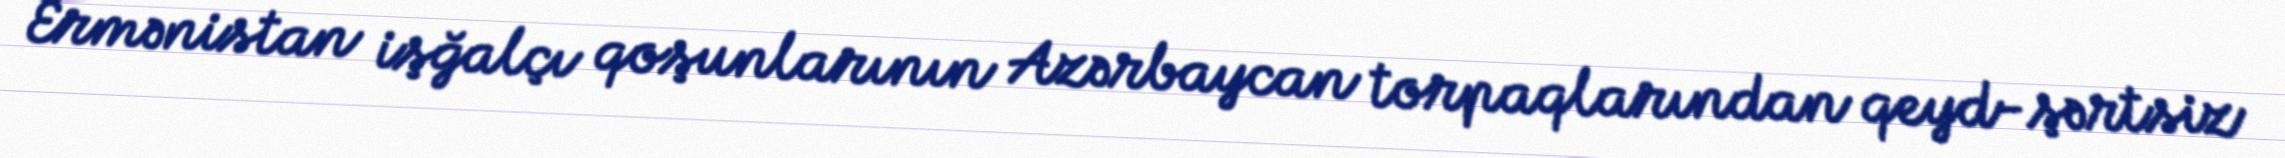
Ermənistan işğalçı qoşunlarının Azərbaycan torpaqlarından qeyd-şərtsiz